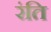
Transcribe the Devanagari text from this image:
रंति